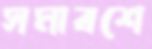
সমাবশে